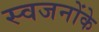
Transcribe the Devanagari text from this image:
स्वजनोंके